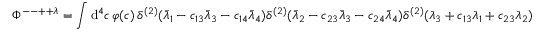
\Phi ^ { -- + + \lambda } = \int \mathrm { d } ^ { 4 } c \, \varphi ( c ) \, \delta ^ { ( 2 ) } ( \bar { \lambda } _ { 1 } - c _ { 1 3 } \bar { \lambda } _ { 3 } - c _ { 1 4 } \bar { \lambda } _ { 4 } ) \delta ^ { ( 2 ) } ( \bar { \lambda } _ { 2 } - c _ { 2 3 } \bar { \lambda } _ { 3 } - c _ { 2 4 } \bar { \lambda } _ { 4 } ) \delta ^ { ( 2 ) } ( \lambda _ { 3 } + c _ { 1 3 } \lambda _ { 1 } + c _ { 2 3 } \lambda _ { 2 } )